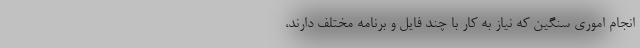
انجام اموری سنگین که نیاز به کار با چند فایل و برنامه مختلف دارند،